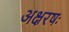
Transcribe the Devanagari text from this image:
अक्षरषः